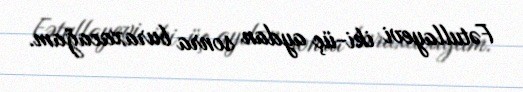
Fətullayevi iki-üç aydan sonra buraxacağam.